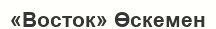
«Восток» Өскемен